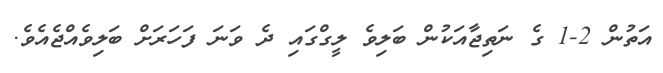
އަތުން 2-1 ގެ ނަތިޖާއަކުން ބަލިވެ ލީގްގައި ދެ ވަނަ ފަހަރަށް ބަލިވެއްޖެއެވެ.